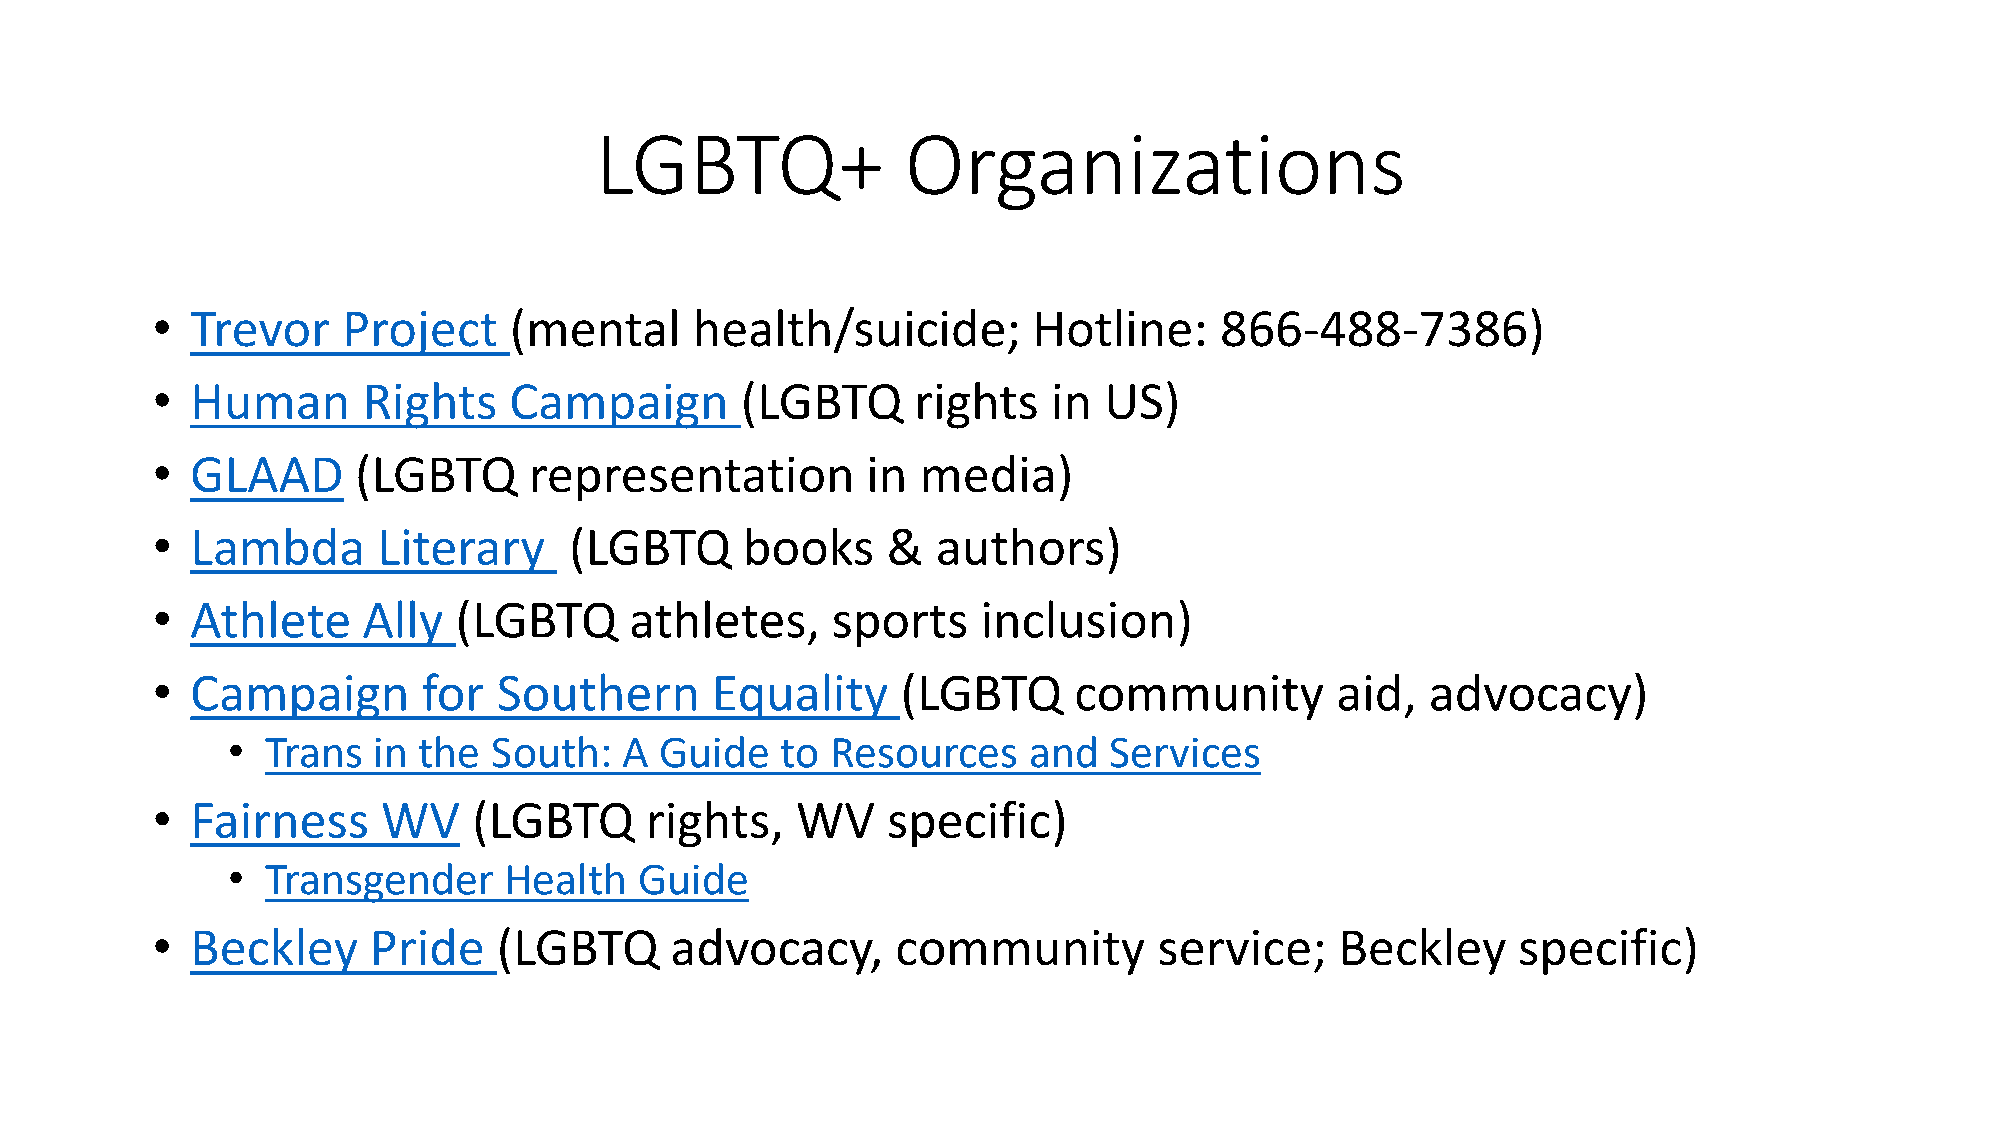
LGBTQ+               Organizations
 •  Trevor    Project    (mental     health/suicide;       Hotline:     866-488-7386)
 •  Human      Rights    Campaign       (LGBTQ      rights   in US)
 •  GLAAD     (LGBTQ      representation        in  media)
 •  Lambda      Literary     (LGBTQ     books     &  authors)
 •  Athlete    Ally  (LGBTQ      athletes,    sports    inclusion)
 •  Campaign       for  Southern      Equality     (LGBTQ     community        aid,   advocacy)
 •  Trans  in the  South:  A  Guide   to Resources    and  Services
 •  Fairness    WV    (LGBTQ      rights,   WV    specific)
 •  Transgender    Health   Guide
 •  Beckley    Pride    (LGBTQ     advocacy,      community         service;    Beckley    specific)